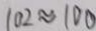
1 0 2 \approx 1 0 0